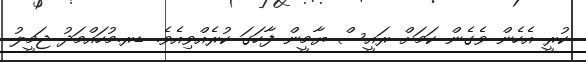
ކުރީ އެހެން ވެގެން ކަމަށް ރައީސް ޔާމީން ފާހަގަ ކުރެއްވިއެވެ. ޑރ.މުހައްމަދު ޖަމީލު